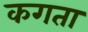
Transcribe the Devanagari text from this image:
कगता